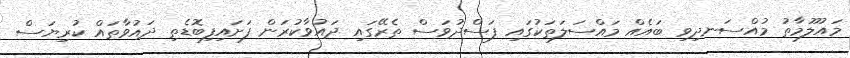
މައުލޫމާތު މުއްސަނދިވި ބައެއް މައްސަލަތަކުގައި ފަސްދުވަސް ތެރޭގައި ދައުވާކުރަން ފަށައިފިބޮޑެތި ދައުވާތައް ކުރިޔަސް